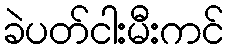
ခဲပတ်ငါးမီးကင်